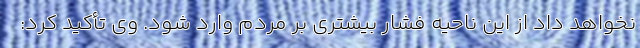
نخواهد داد از این ناحیه فشار بیشتری بر مردم وارد شود. وی تأکید کرد: